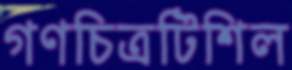
গণচিত্রটিশিল